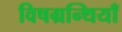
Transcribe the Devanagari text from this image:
विषग्रन्थियाँ